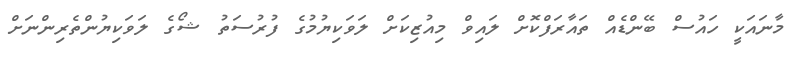
މާނައަކީ ހައުސް ބޭންޑެއް ތައާރަފްކޮށް ލައިވް މިއުޒިކަށް ލަވަކިޔުމުގެ ފުރުސަތު ޝޯގެ ލަވަކިޔުންތެރިންނަށް